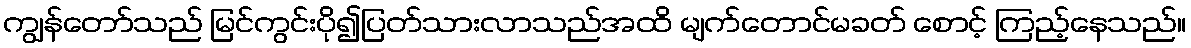
ကျွန်တော်သည် မြင်ကွင်းပို၍ပြတ်သားလာသည်အထိ မျက်တောင်မခတ် စောင့် ကြည့်နေသည်။